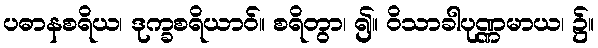
ပဓာနစရိယ၊ ဒုက္ခစရိယာဝ်။ စရိတွာ၊ ၍။ ဝိသာခါပုဏ္ဏမာယ၊ ၌။